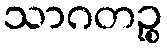
သာဂတဉ္စ